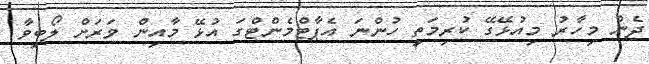
ދެން މިހާރު މިއުޅޭގޭ ކުރިމަތީ ހުންނަ އެޕާޓްމެންޓްގަ އުޅޭ މާއިން ވަރަށް ލޯބިވާ